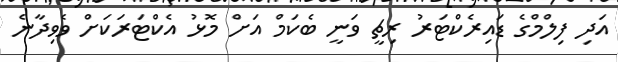
އަދި ފިލްމްގެ ޑައިރެކްޓަރު ރިޗީ ވަނީ ބެކަމް އަށް މޮޅު އެކްޓަރަކަށް ވެވިދާނެ